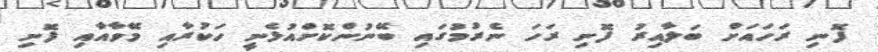
ފޮނި ރަހައަށް ބަލާއިރު ފޮނި ރަހަ ނެރުމުގައި ބޭނުންކޮށްއުޅެނީ ހަކުރާއި މޭވާއާއި ފޮނި